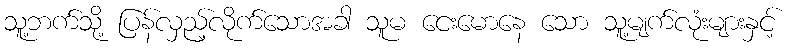
သူ့ဘက်သို့ ပြန်လှည့်လိုက်သောအခါ သူမ ငေးမောနေ သော သူ့မျက်လုံးများနှင့်